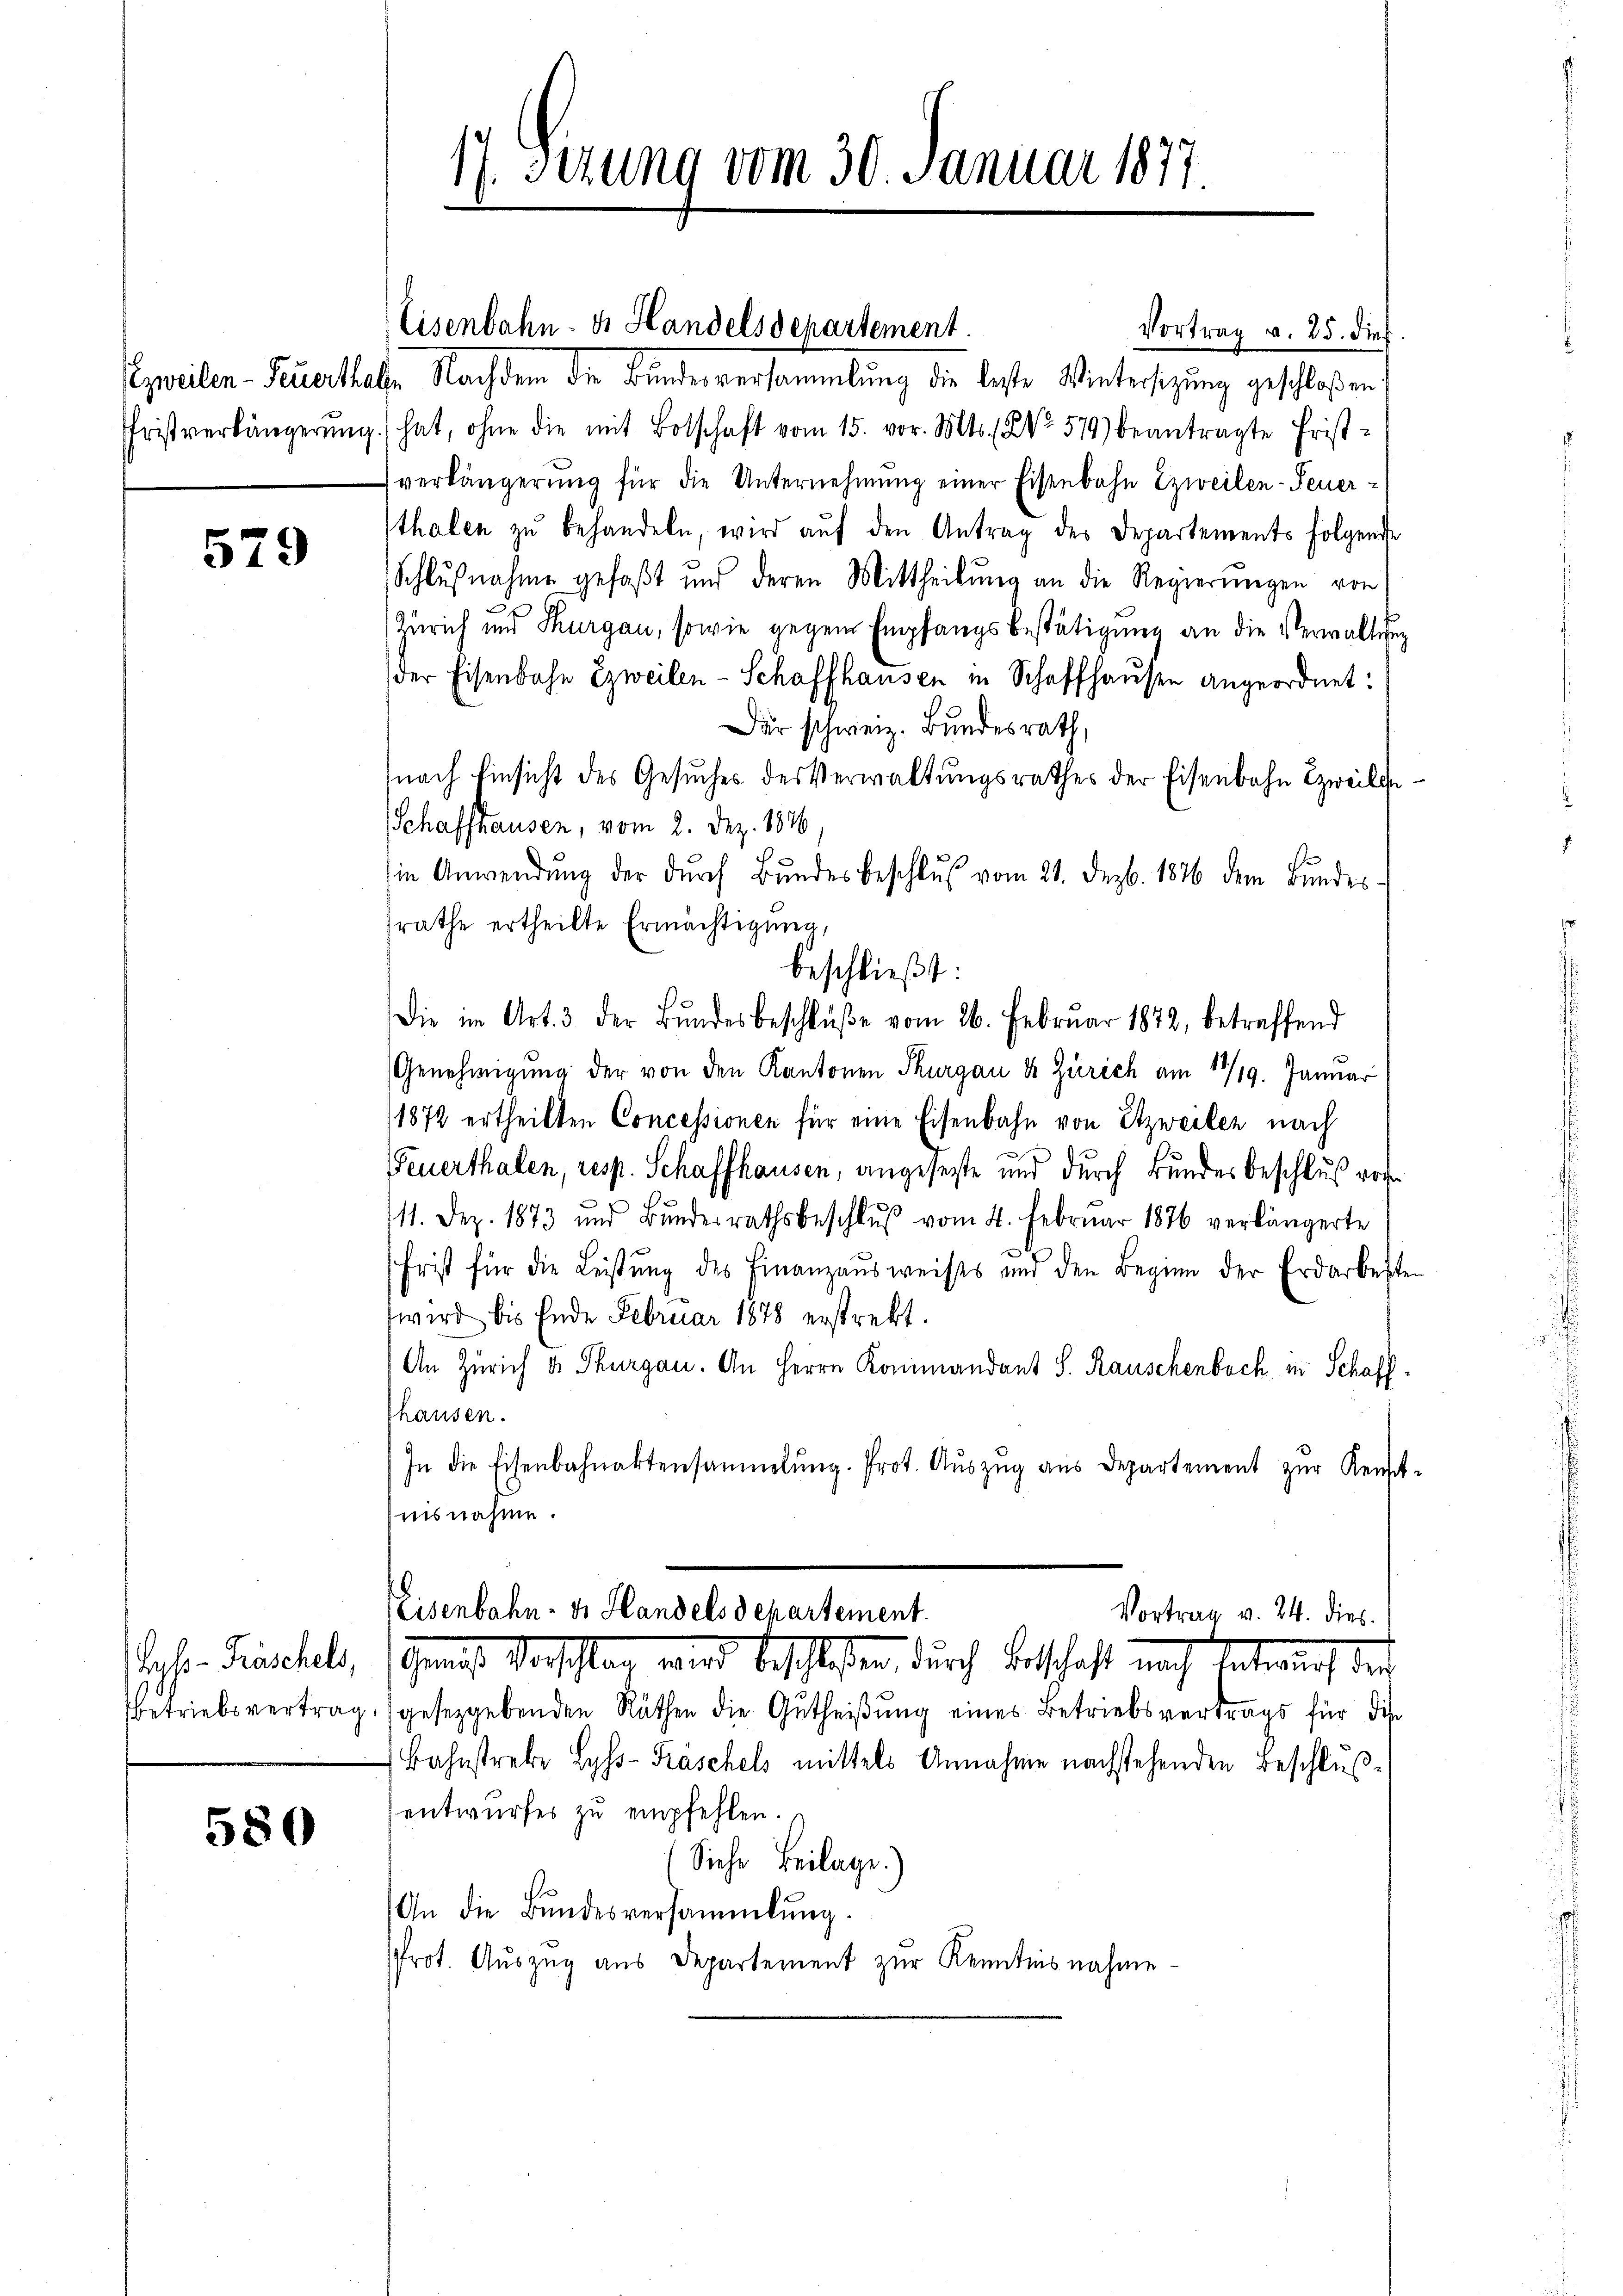
579

580

Vortrag v. 25. dies
Apeilen-Feuerthalte Nachdem die Bundesversammlung die beste Wintersitzung geschloßen
Fristverlängerŭng hat, ohne die mit Botschaft vom 15. vor. Mts. No. 579) beantragte Frist-
verlängerŭng für die Unternehmung einer Eisenbahn Zzweilen-Feuer-
tthalen zŭ behandeln, wird aŭf den Antrag des Departements folgende
Schlußnahme gefaßt und deren Mittheilung an die Regierŭngen von
Zürich und Thurgau, sowie gegen Empfangsbestätigung an die Verwaltung
(der Eisenbahn zweilen-Schaffhausen in Schaffhausen angeordnet:
Dir schweiz. Bundesrath,
nach Einsicht des Gesuches des Verwaltungsrathes der Eisenbahn zweili
Schaffhausen, vom 2. Dez. 1846,
in Anwendŭng der dŭrch Bŭndesbeschlŭβ vom 21. Dezb. 1876 dem Bundes-
rathe ertheilte Ermächtigung,
beschließt:
Die im Art. 3 der Bŭndesbeschlŭβe vom 26. Februar 1872, betreffend
Genehmigung der von den Kantonen Thurgau & Zürich am 17/19. Januar
1872 ertheilten Concessionen für eine Eisenbahn von Etzweiter nach
Feuerthalen, resp. Schaffhausen, angesetzte und durch Bundesbeschluß vorhe
11. Dez. 1873 und Bŭndesrathsbeschlŭβ vom 4. Februar 1876 verlängerte
8
frist für die Leistŭng des Finanzausweises und den Beginn der Erdarbeiten
wird bis Ende Februar 1878 erstrekt.
An Zürich u. Thurgau. An Herrn Kommandant S. Rauschenbach, in Schaff¬
Thausen.
In die Eisenbahnaktensammlung. Prot. Aŭszŭg aŭs Departement zŭr Kennt-
nisnahme.

17. Setzung vom 30. Januar 1877.

Eisenbahn- u. Handelsdepartement.

Eisenbahn- u. Handelsdepartement.

Vortrag v. 24. dies
alen Frischels, schmeist Vorschlag wird beschloßen, durch Bertschaft nach Entwurf der
betriebsvertrag, gesetzgebenden Räthen die Gutheißung eines Betriebsvertrags für die
Bahnstrebe Lyss-Kräschels mittels Annahme nachstehenden Beschlußentwŭrfes zŭ empfehlen.
Siehe Beilage.)
An die Bundesversammlung.
Prot. Auszug aus Departement zur Kenntnisnahme¬